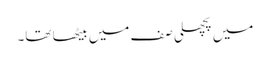
میں پچھلی صف میں بیٹھا تھا۔